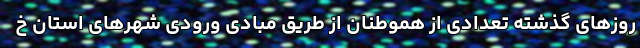
روزهای گذشته تعدادی از هموطنان از طریق مبادی ورودی شهرهای استان خ